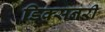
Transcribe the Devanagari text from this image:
डिक्सनरी